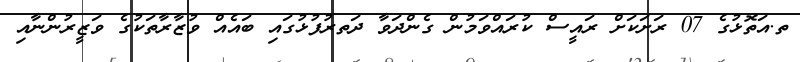
ތ.އަތޮޅުގެ 07 ރަށަކަށް ރައީސް ކުރައްވަމުން ގެންދަވާ ދަތރުފުޅުގައި ބައެއް ވުޒާރާތަކުގެ ވަޒީރުންނާއި